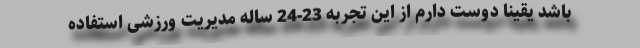
باشد یقینا دوست دارم از این تجربه 23-24 ساله مدیریت ورزشی استفاده